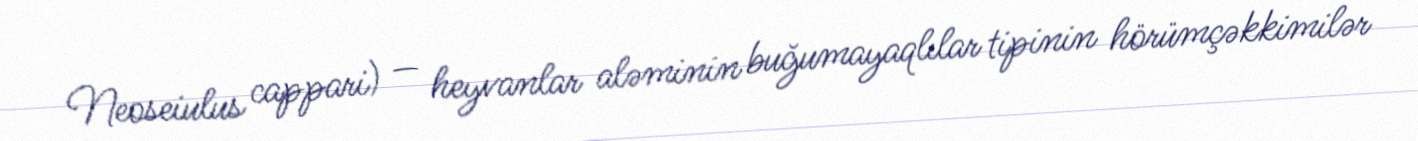
Neoseiulus cappari) — heyvanlar aləminin buğumayaqlılar tipinin hörümçəkkimilər